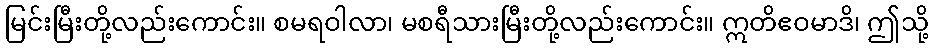
မြင်းမြီးတို့လည်းကောင်း။ စမရဝါလာ၊ မစရီသားမြီးတို့လည်းကောင်း။ ဣတိဧဝမာဒိ၊ ဤသို့